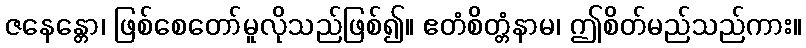
ဇနေန္တော၊ ဖြစ်စေတော်မူလိုသည်ဖြစ်၍။ ဧတံစိတ္တံနာမ၊ ဤစိတ်မည်သည်ကား။